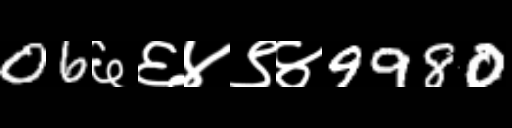
Text: 06६६४९४9980